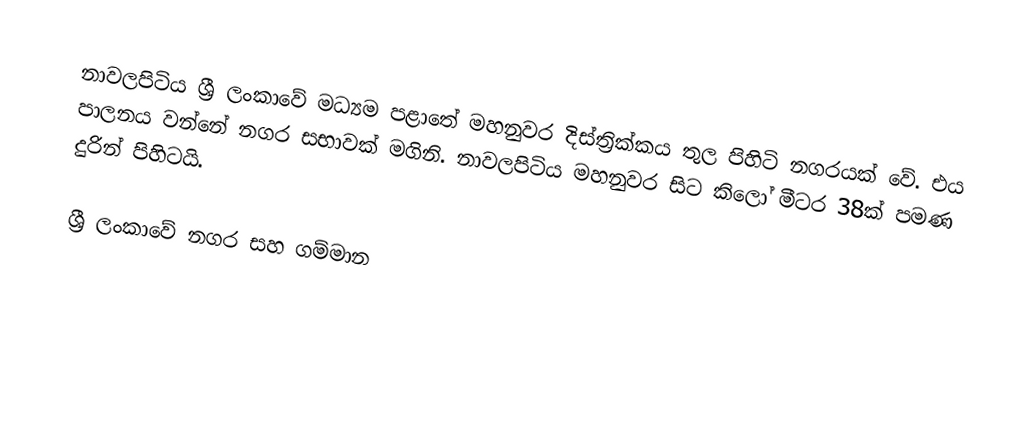
නාවලපිටිය ශ්‍රී ලංකාවේ මධ්‍යම පළාතේ මහනුවර දිස්ත්‍රික්කය තුල පිහිටි නගරයක් වේ. එය පාලනය වන්නේ නගර සභාවක් මගිනි. නාවලපිටිය මහනුවර සිට කිලෝ මීටර 38ක් පමණ දුරින් පිහිටයි.

ශ්‍රී ලංකාවේ නගර සහ ගම්මාන